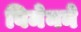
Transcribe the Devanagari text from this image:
विमेनने